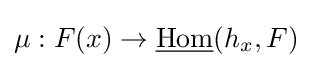
\mu :F(x)\to {\underline {\operatorname {Hom} }}(h_{x},F)